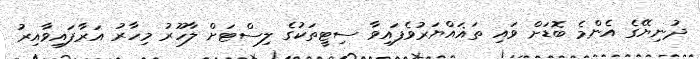
ދުނިޔޭގެ އެންމެ ބޮޑަށް ވައި ތަޣައްޔަރުވެފައިވާ ސިޓީތަކުގެ ލިސްޓަށް ލާހޫރު މިހާރު އަރާފައިވާއިރު